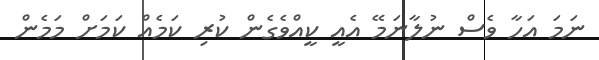
ނަމަ އަހާ ވެސް ނުލާނަމޭ އެއީ ކީއްވެގެން ކުރި ކަމެއް ކަމަށް މަމެން